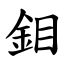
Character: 鉬